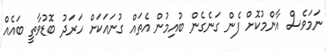
ނަމަވެސް އާންމުކޮށް ފެން ގަނެގެން ބުއިމުން އެތައް ގުނައަކަށް ހަރަދު ބޮޑުވާތީ ބައެއް